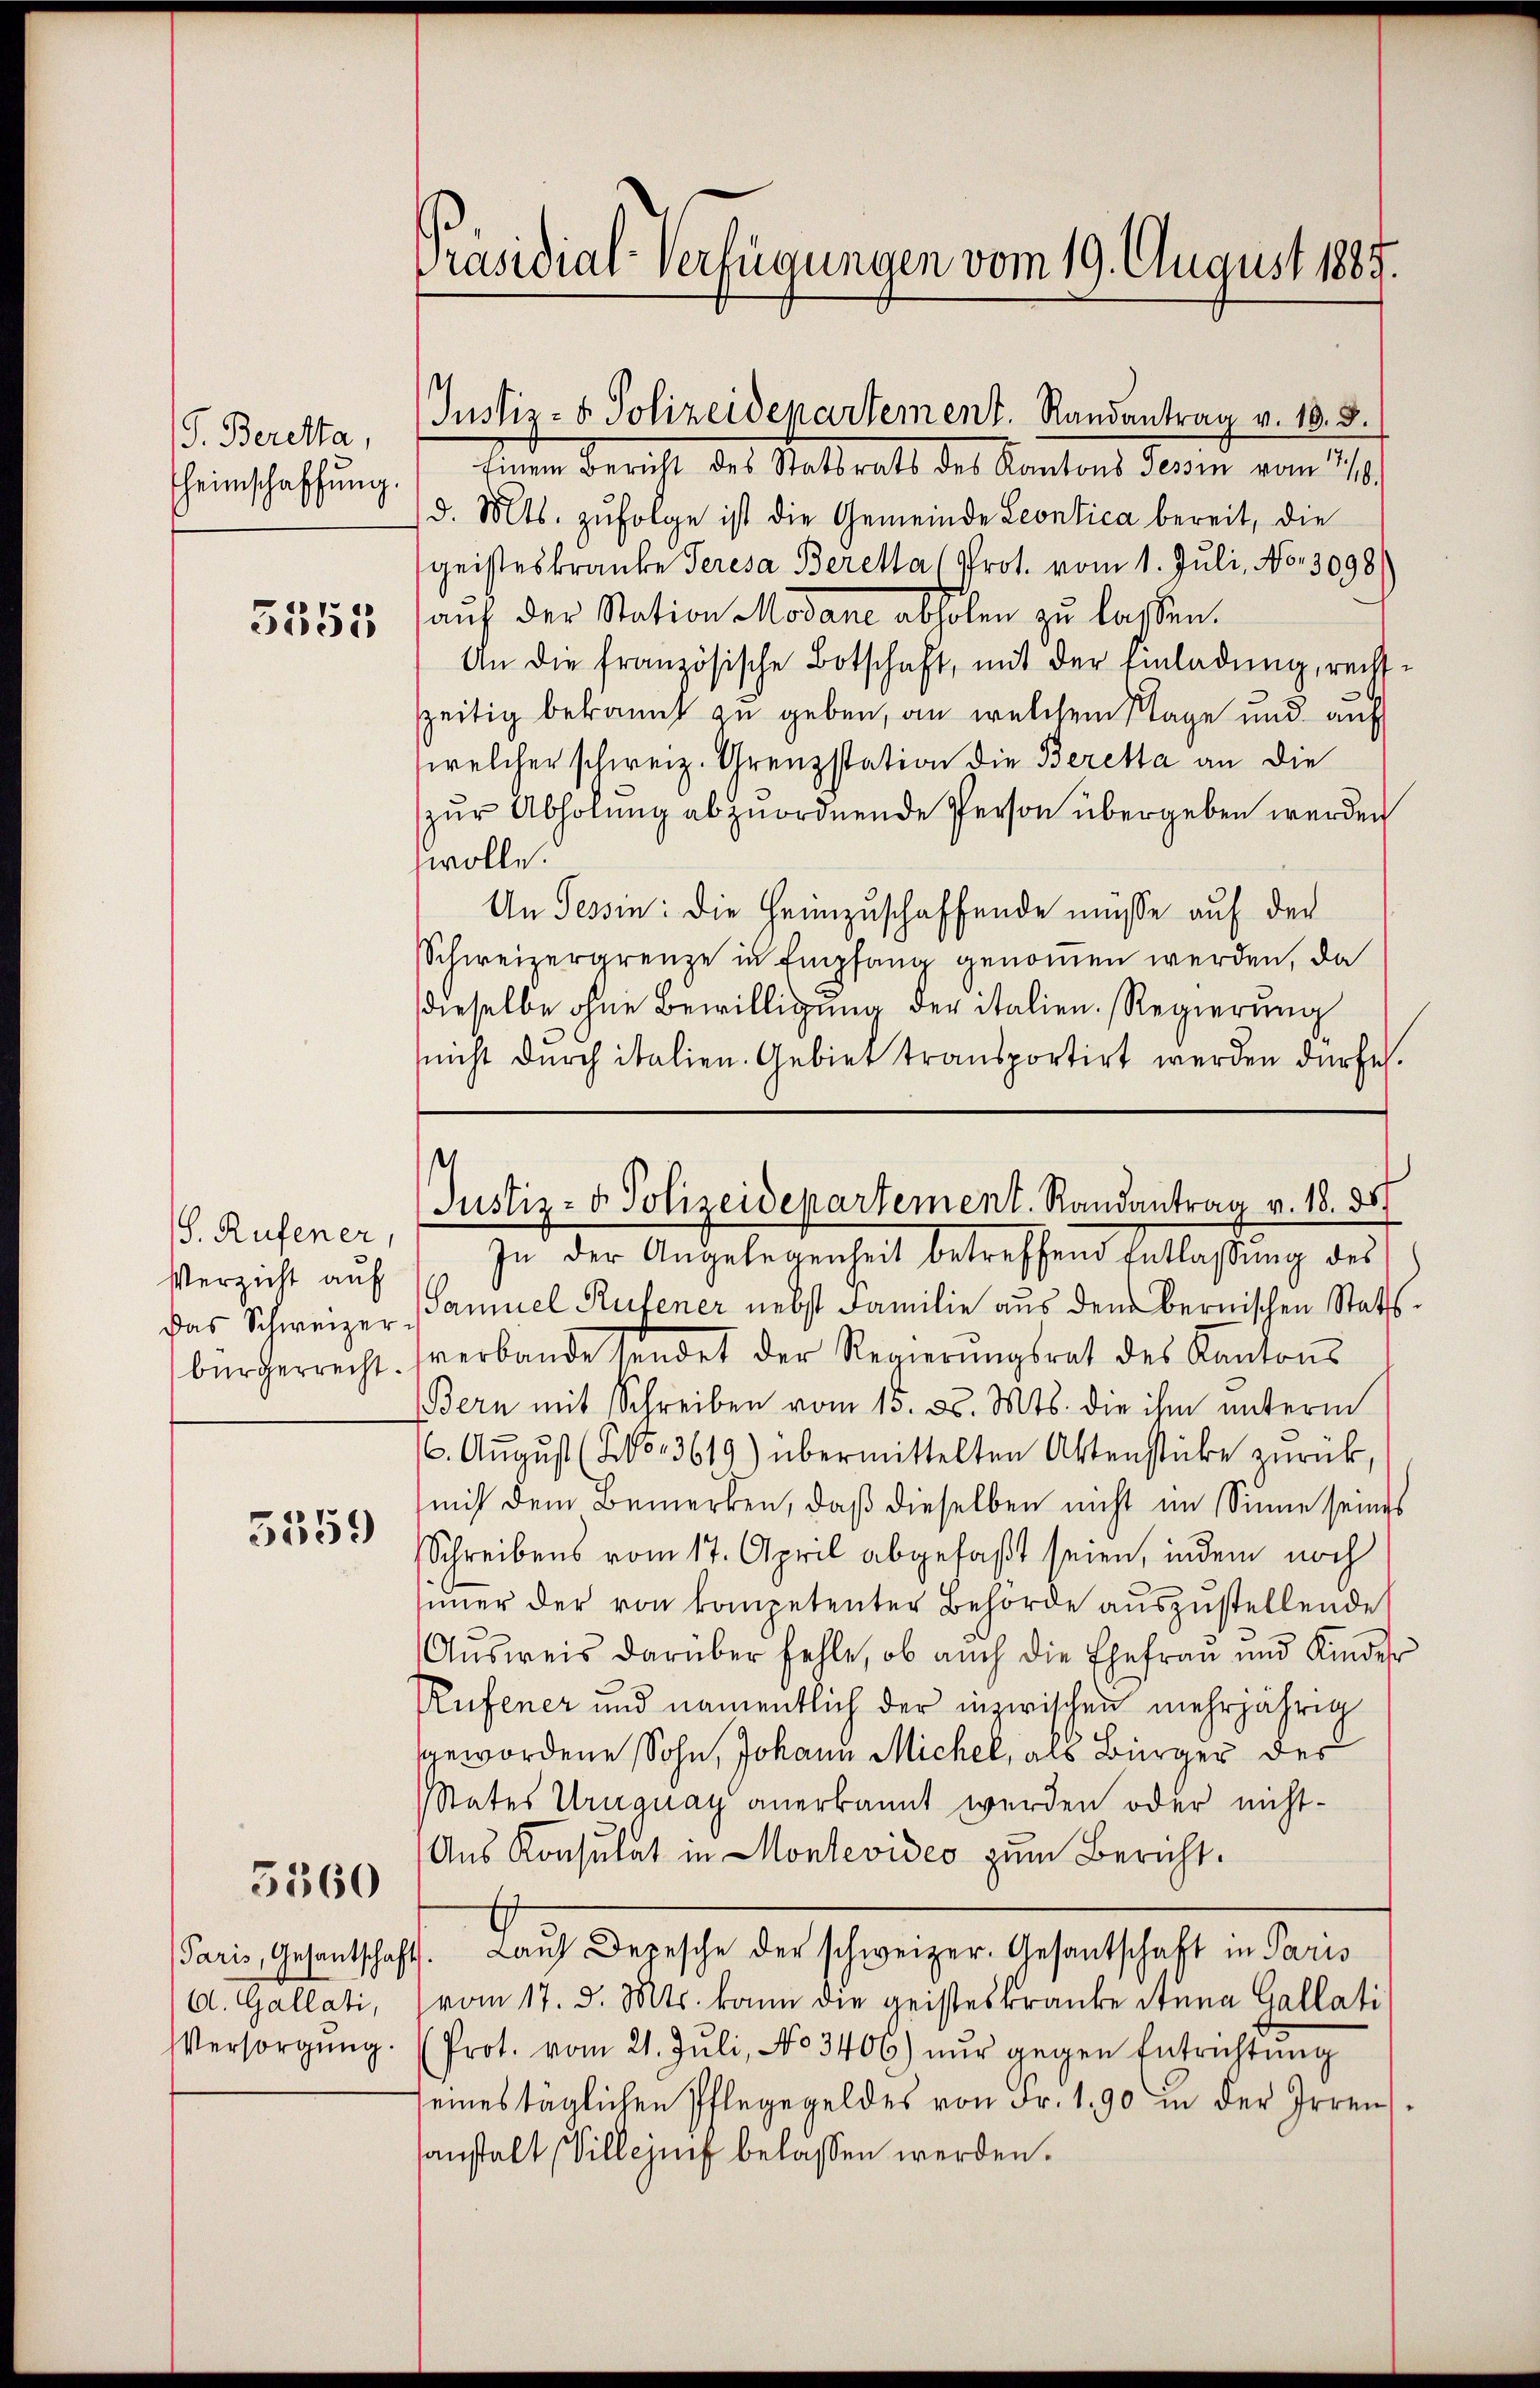
S. Beretta,
heimschaffung.
5555

S. Rufener,
Verzicht auf
Das Schweizer
bürgerrecht.

5559

5560

A. Gallati,
Versorgung.

Präsidial-Verfügungen vom 19. August 1889.

Justiz- & Polizeidepartement. Randantrag v. 18. 8.

Justiz- & Polizeidepartement. Randantrag v. 18. ds.

Einem Bericht des Statsrats des Kantons Tessin vom 16.
d. Mts. zufolge ist die Gemeinde Leontica bereit, die
geisteskranke Seresa Berella (Prot. vom 1. Juli, No. 3098
auf der Station Modane abholen zu lassen.
An die französische Botschaft, mit der Einladung, rechtzeitig bekannt zu geben, an welchem Klage und auf
welcher schweiz. Grenzstation die Beretta an die
zŭr Abholung abzuordnende Person übergeben werden
wolle.
An Tessin: die Heimzuschaffende müsse auf der
Schweizergrenze in Empfang genommen werden, da
dieselbe ohne Bewilligung der italien. Regierung
nicht durch italien. Gebiet transportirt werden dürfe.
In der Angelegenheit betreffend Entlassung des
(Samuel Rufener nebst Familie aus dem Bernischen Statts
verbande sendet der Regierŭngsrat des Kantons
Bern mit Schreiben vom 15. ds. Mts. die ihm unterm
6. Aŭgŭst (So. 3619) übermittelten Aktenstücke zurück,
mit dem Bemerken, daß dieselben nicht im Sinne seines
Schreibens vom 17. April abgefaßt seien, indem noch
simmer der von kompetenter Behörde auszustellende
Aŭsweis darüber fehle, ob auch die Ehefrau und Kinder
Rufener und namentlich der inzwischen mehrjährig
gewordene Sohn, Johann Michel, als Bürger des
Rates Uruguay anerkannt werden oder nicht-
Aus Konsulat in Montevideo zum Bericht.
Paris, Gesandtschaft. Lauf Depesche der schweizer. Gesantschaft in Paris
vom 17. d. Mts. kann die geisteskranke Anna Gallati
Prot. vom 21. Jŭli, No 3406) nur gegen Entrichtung
seines täglichen Pflege geldes von Fr. 190 in der Irren
sanstalt Villens belassen werden.